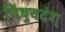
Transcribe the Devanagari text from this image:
विषुवदंश्